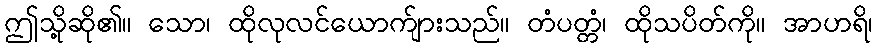
ဤသို့ဆို၏။ သော၊ ထိုလုလင်ယောက်ျားသည်။ တံပတ္တံ၊ ထိုသပိတ်ကို။ အာဟရိ၊